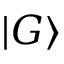
\mathinner { | { G } \rangle }